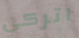
اتركي